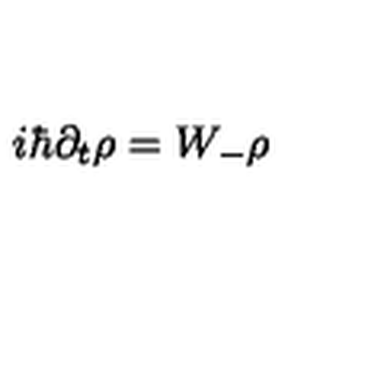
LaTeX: i \hbar \partial _ { t } \rho = W _ { - } \rho